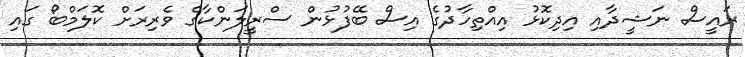
ރައީސް ނަޝީދާއި އިދިކޮޅު އިއްތިހާދުގެ އިސް ބޭފުޅުން ސްރީލަންކާގެ ވެރިރަށް ކޮލަމްބޯ ގައި